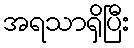
အရသာရှိပြီး